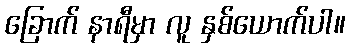
ခြောက် နာရီမှာ လူ နှစ်ယောက်ပါ။